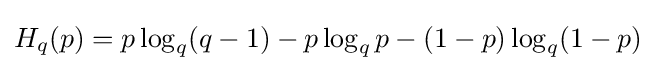
H_{q}(p)=p\log _{q}(q-1)-p\log _{q}p-(1-p)\log _{q}(1-p)